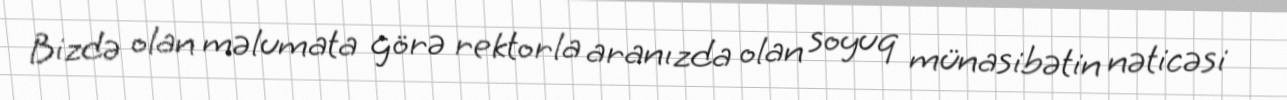
Bizdə olan məlumata görə rektorla aranızda olan soyuq münasibətin nəticəsi